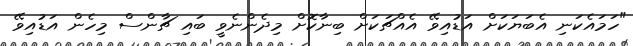
"ހަމައެކަނި އެބަޔަކަށް އަޑުއިވޭ އެއްޗަކަށް ބިނާކޮށް މިދެންނެވީ ބައި ޗާންސް މިހެން އަޑުއިވޭ